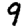
Digit: 9